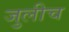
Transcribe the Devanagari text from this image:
जुलीच